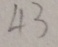
4 3